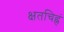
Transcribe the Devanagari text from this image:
क्षतचिह्नं